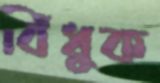
বিঁধুক